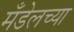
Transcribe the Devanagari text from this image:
मँडेलच्या